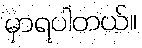
မှာရပါတယ်။